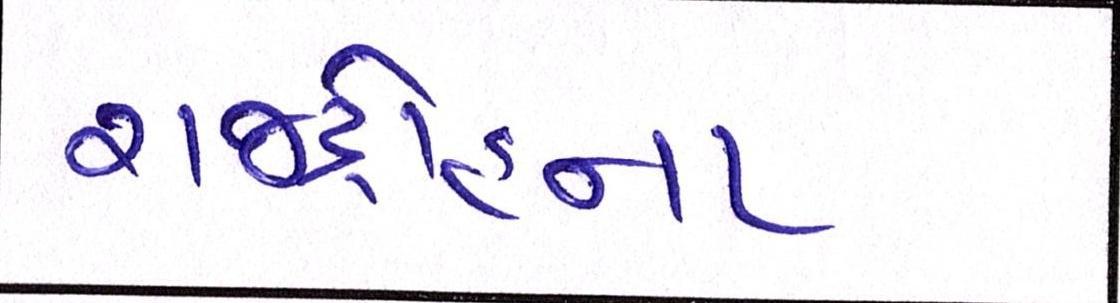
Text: રાજદ્રોહના